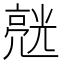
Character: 𱎙